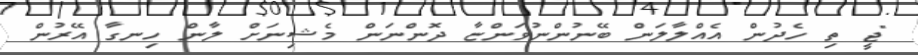
"ޖީ ތި ހެދުން އެއްލާލަން ބޭނުންނުވަންޏާ ދޮންނަން މެޝިނަށް ލާން ހިނގާ އޭރުން